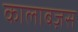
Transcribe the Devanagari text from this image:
कालाबज़स